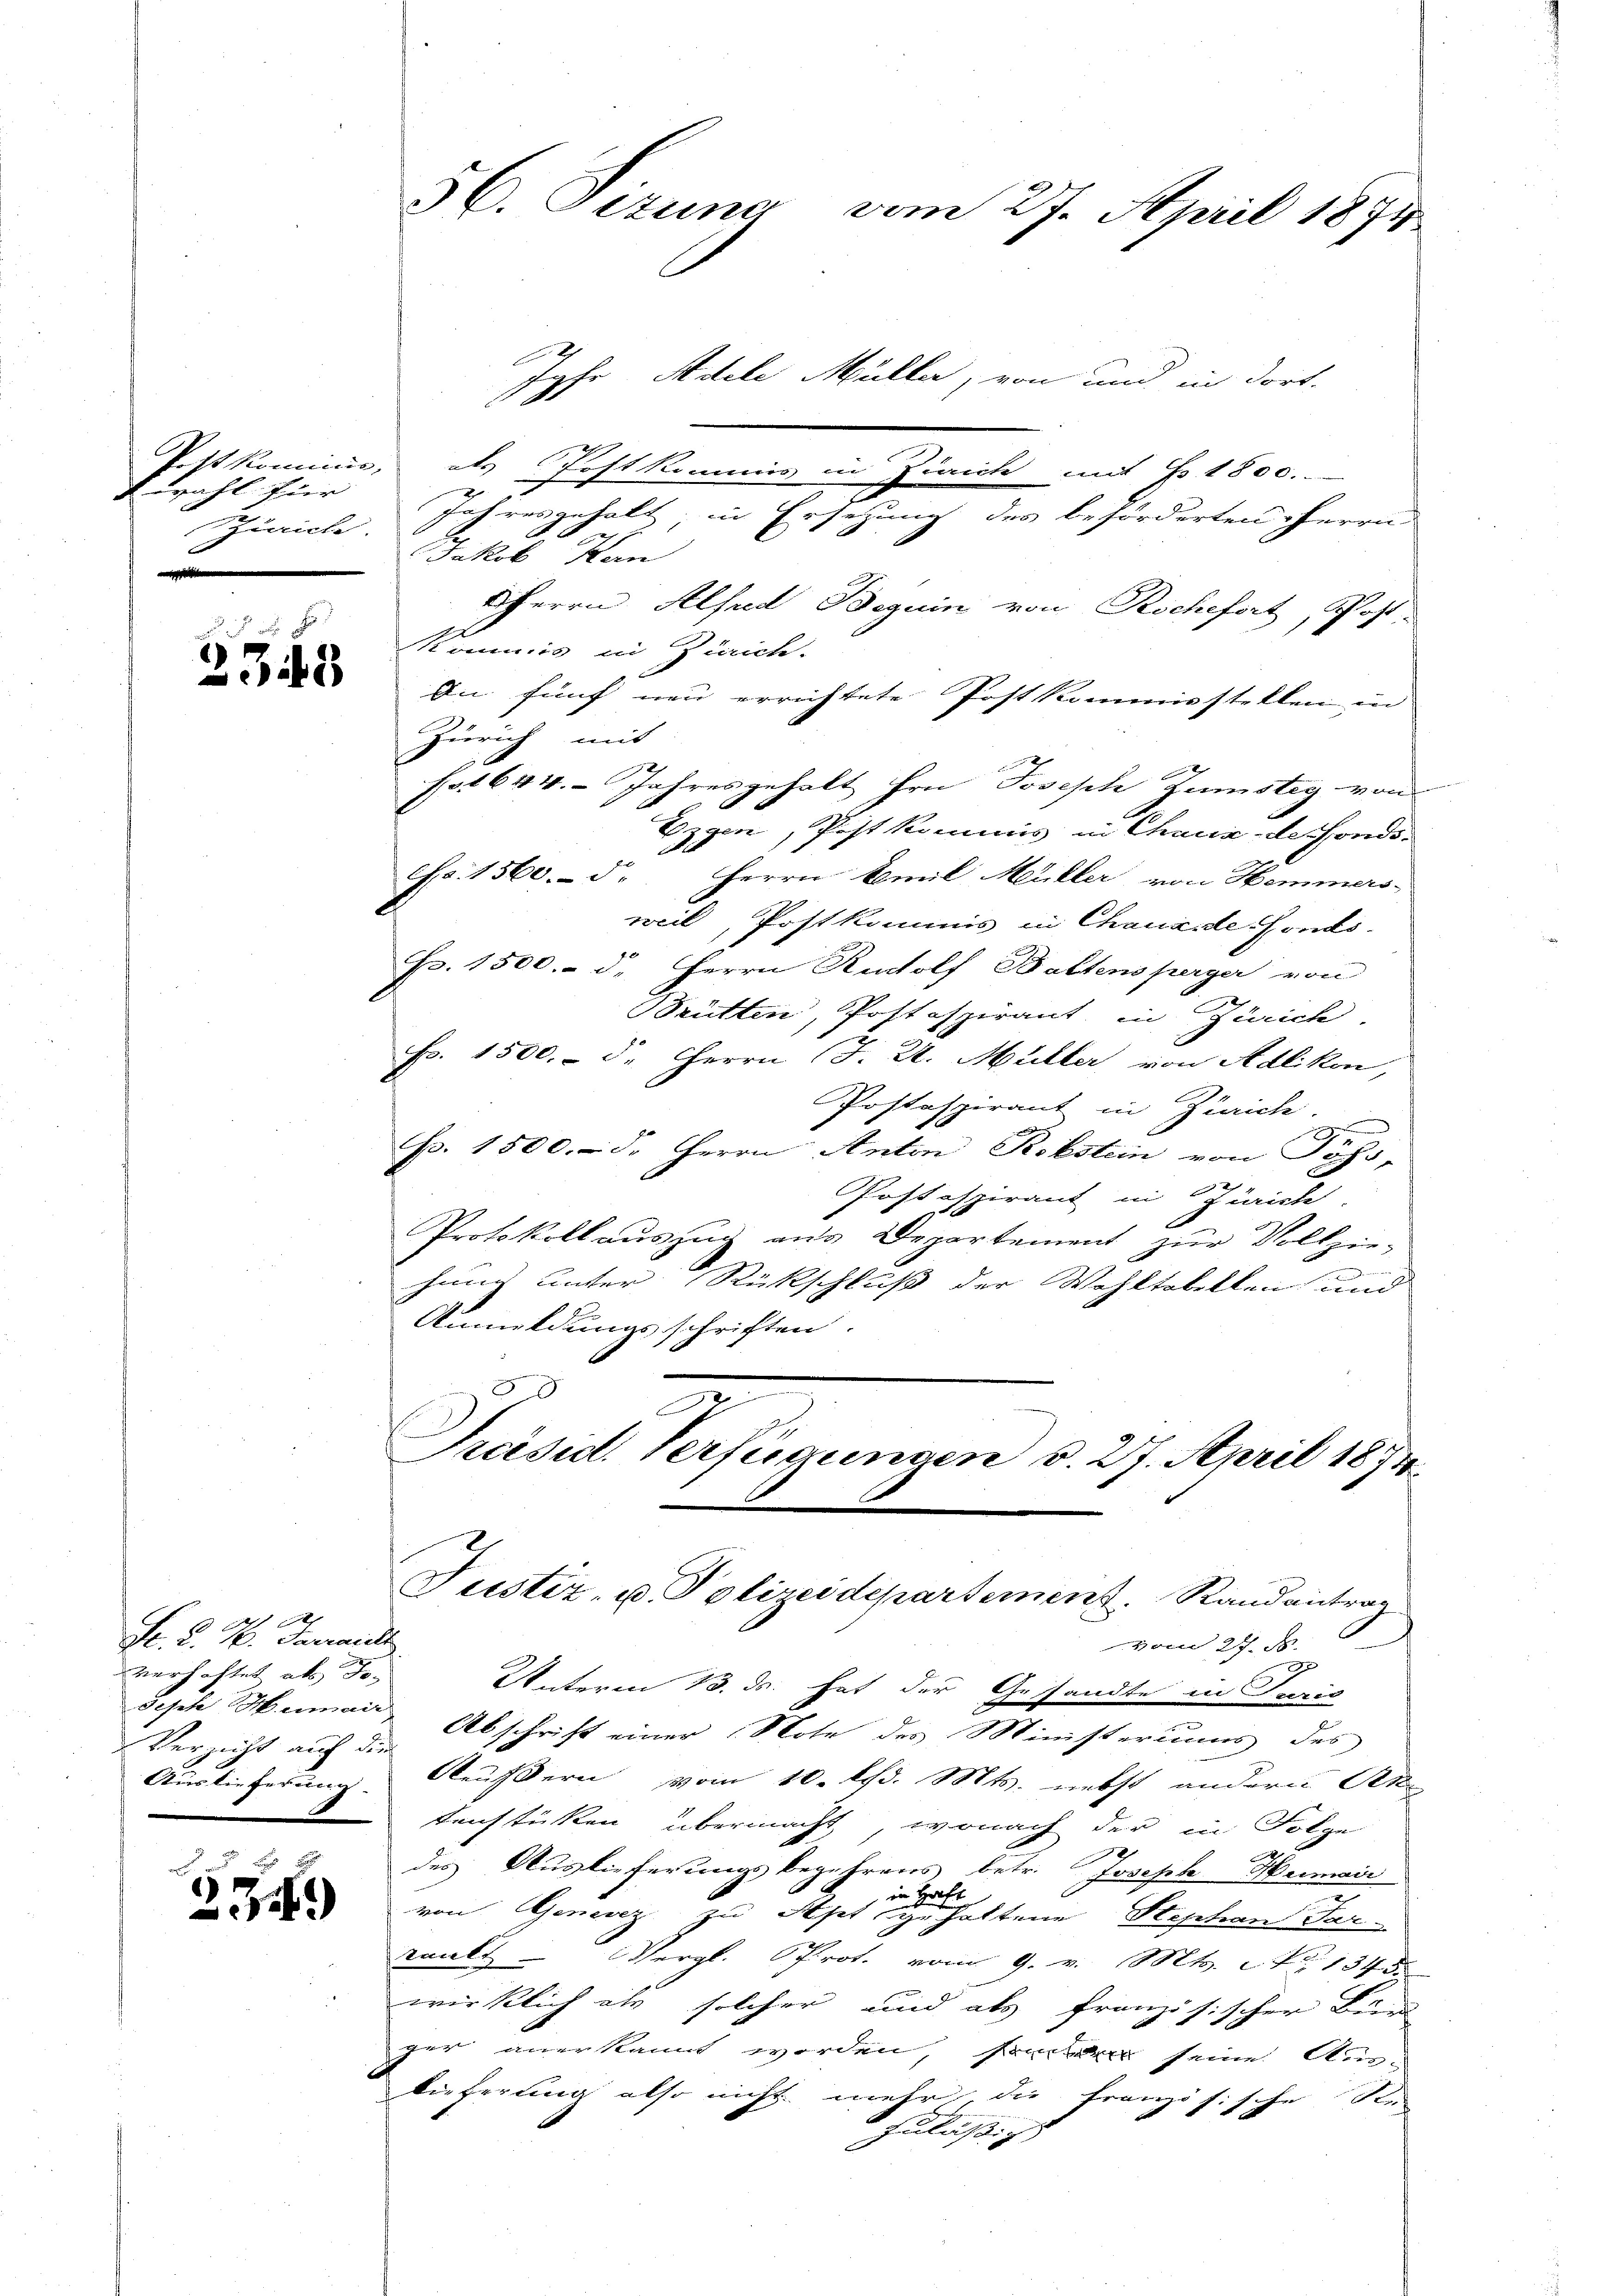
wahl für |
s

2343

Fr. K. H. Parall
verhaftet als Jo¬
Verzicht auf die

234.

Postkominis, als Post kommis in Zürich mit No 1800.
Zürich. Jahresgehalt, in Ersetzung des beförderten Herrn
Jakob Han
HHerrn Absud Beguin von Rochefort, Post.
Kommis in Zürich.
An fünf neu errichtete Post kommisstellen in
Zürich mit
fo 1644. Jahresgehalt Hrn Joseph Zustiz von
Ezgen, Pest kommis in Chaux-defondsd
o. 1560. d. Herrn Emil Müller von Hemmers-
weil, Postkommis in Chauende Fonds.
Fr. 1500.- d. Herrn Rudolf Baltensperger von
Brütten, Postaspirant in Zürich.
Fr. 1500. d. Herrn J. U. Müller von Adlikon,
Postaspirant in Zürich

p. 1500. d. Herrn Anton Stobstein von Föhr-
Postspirant in Zürich.
Protokollauszug aus Departement zur Vollziehang unter Rückschluß der Wohltobellen und
Anmeldungsschriften.
.
Präsid. Verfügungen v. 27. April 1874

5C. Gezung vom 27. April 1874
Ipfr Adele Müller, von und in dort.

Justiz- u. Polizeidepartement. Randantrag

vom 27. d.
2
Unteren 13. ds. hat der Gesandte in Juris
Josche Humair Abschrift einer Note des Ministeriums des
Auslieferung Aeußern vom 10. lfd. Mts. nebst andern Ste
tenstücken übermacht, wonach der in Folge
|
des Auslieferungsbegehrens betr. Joseph Humaii
von Genevez zu hat eine gegen hattene Stephan Par-
runkt - Vergl. Prot. vom 9. v. Mts. 1345
wirklich als solcher und als französischer Bund
ger anerkannt worden, sont seine Aus-
lieferung also nicht mehr, die französische See-
zuläßig